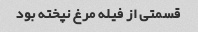
قسمتی از فیله مرغ نپخته بود